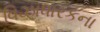
વિઝાધારકના